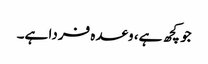
جو کچھ ہے، وعدہ فردا ہے۔